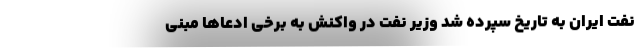
نفت ایران به تاریخ سپرده شد وزیر نفت در واکنش به برخی ادعاها مبنی